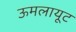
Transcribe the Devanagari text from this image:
ऊमलायूट